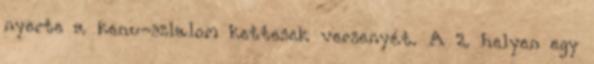
nyerte a kenu-szlalom kettesek versenyét. A 2. helyen egy